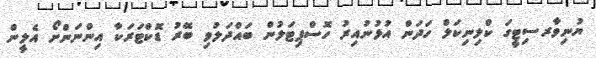
ޔުނިވާރސިޓީގަ ކްލިނިކަލް ހަދަން އުޅުނުއިރު ހޮސްޕިޓަލުން ބައްދަލުވި ބޭރު ޑޮކްޓަރަކާ އިންނަންށޯ އެލީން